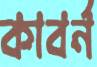
কাবর্ন